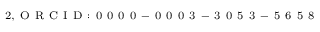
^ { 2 , \mathrm { ~ O ~ R ~ C ~ I ~ D ~ : ~ 0 ~ 0 ~ 0 ~ 0 ~ - ~ 0 ~ 0 ~ 0 ~ 3 ~ - ~ 3 ~ 0 ~ 5 ~ 3 ~ - ~ 5 ~ 6 ~ 5 ~ 8 ~ } }